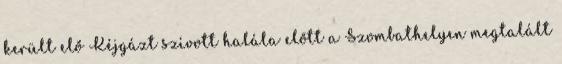
került elő Kéjgázt szívott halála előtt a Szombathelyen megtalált